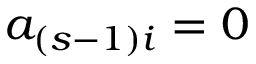
a _ { ( s - 1 ) i } = 0